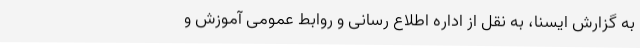
به گزارش ایسنا، به نقل از اداره اطلاع رسانی و روابط عمومی آموزش و